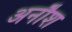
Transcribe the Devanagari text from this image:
अनौश